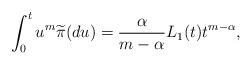
LaTeX: \begin{align*} \int_{0}^{t} u^{m} \widetilde{\pi}(du) = \frac{\alpha}{m-\alpha} L_1(t) t^{m-\alpha},\end{align*}